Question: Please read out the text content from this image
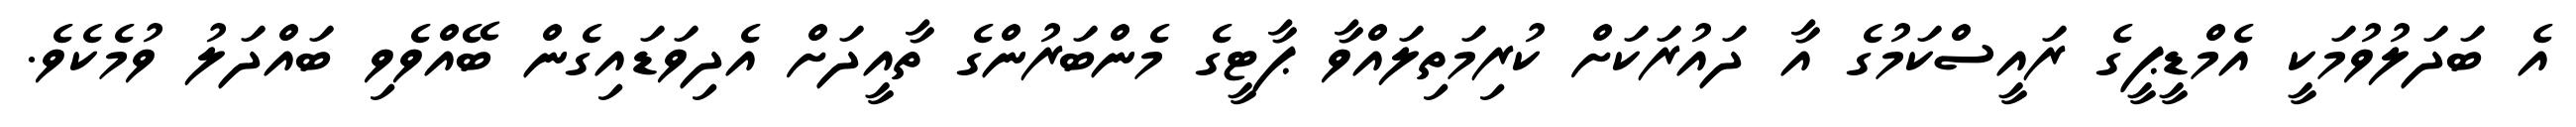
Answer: އެ ބަދަލުވުމަކީ އެމްޑީޕީގެ ރައީސްކަމުގެ އާ ދައުރަކަށް ކުރިމަތިލައްވާ ޕާޓީގެ މެންބަރުންގެ ތާއީދަށް އެދިވަޑައިގެން ބޭއްވެވި ބައްދަލު ވުމެކެވެ.